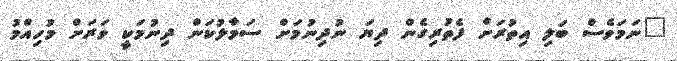
"ނަމަވެސް ބަލި އިތުރަށް ފެތުރިގެން ދިޔަ ނުދިނުމަށް ސަމާލުކަން ދިނުމަކީ ވަރަށް މުހިއްމު